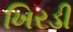
ખિરડી